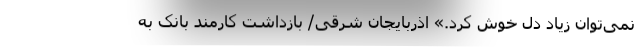
نمی‌توان زیاد دل خوش کرد.» اذربایجان شرقی/ بازداشت‌ کارمند بانک به